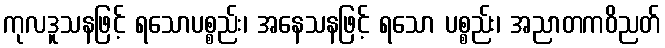
ကုလဒူသနဖြင့် ရသောပစ္စည်း၊ အနေသနဖြင့် ရသော ပစ္စည်း၊ အညာတကဝိညတ်